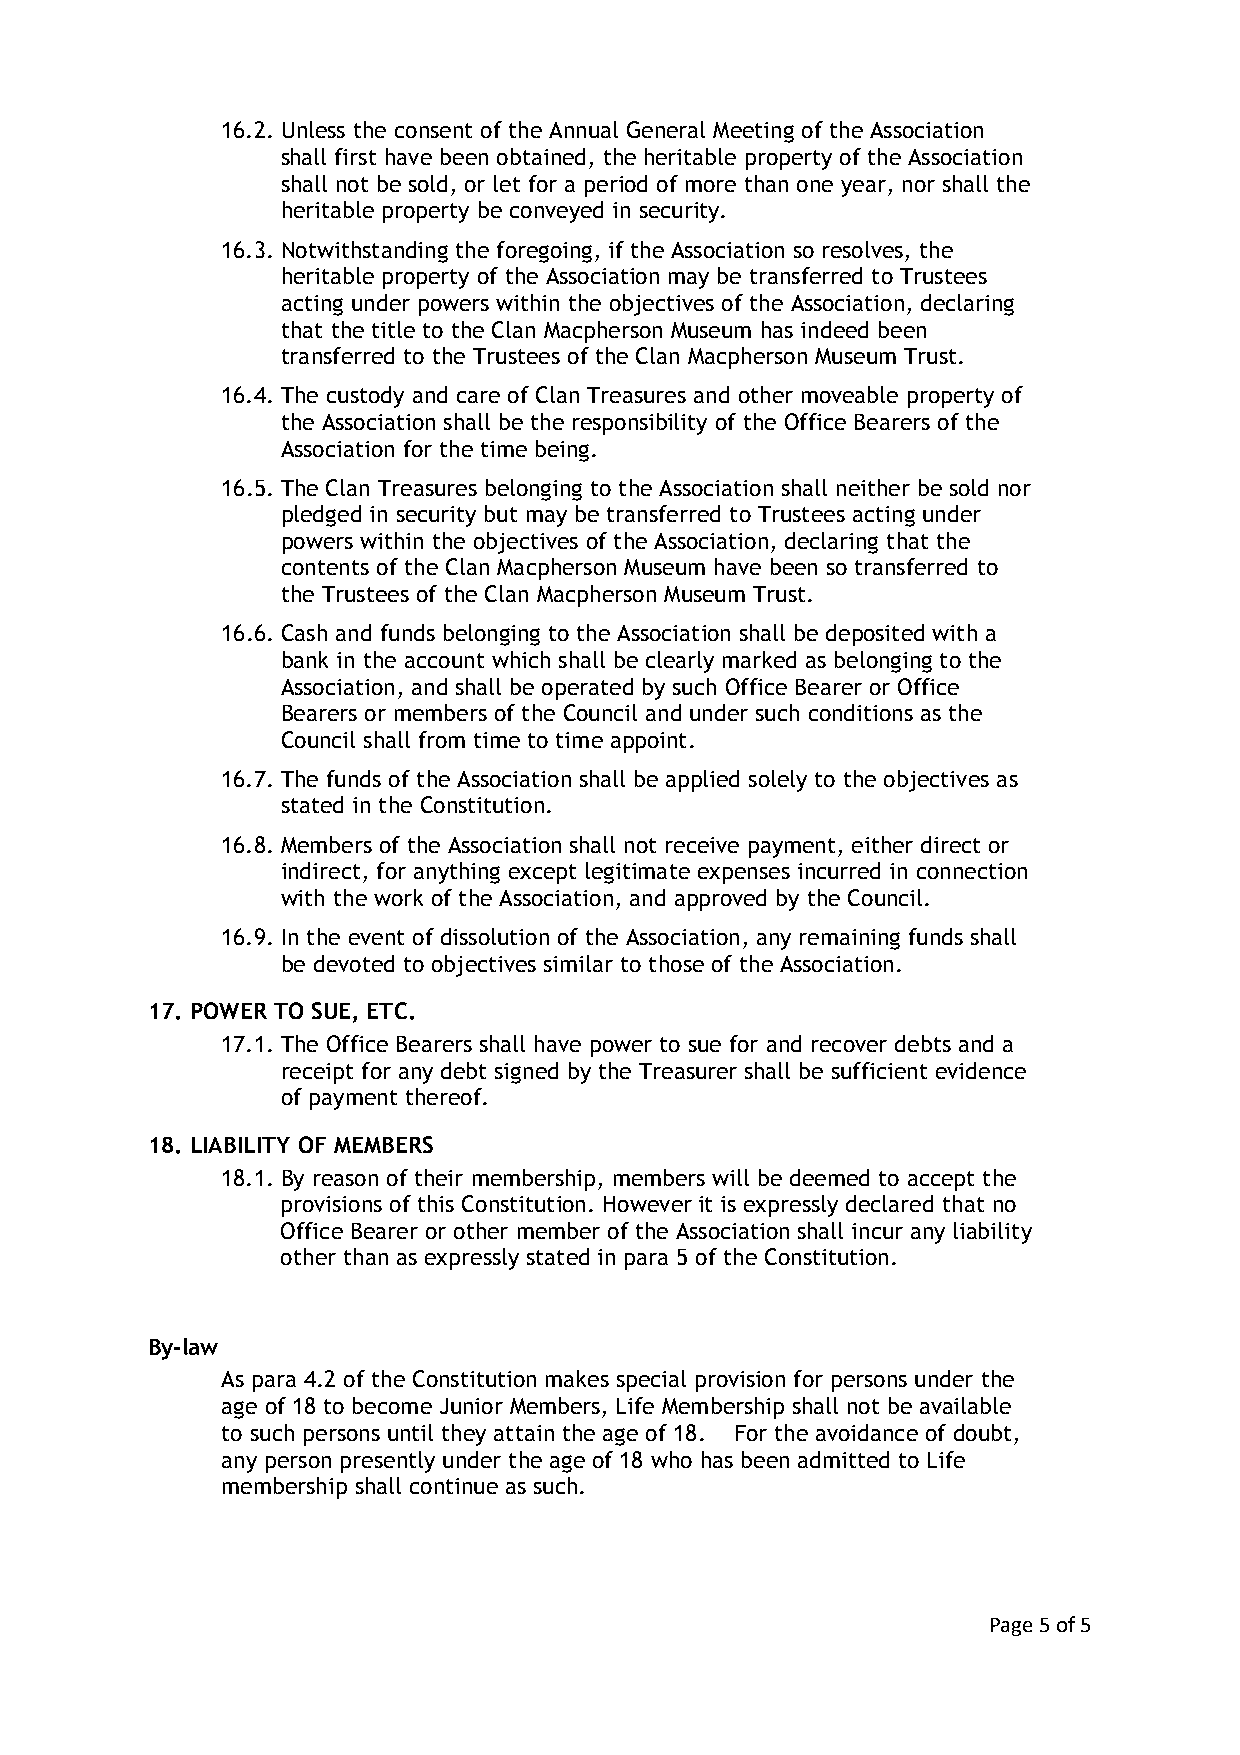
16.2. Unless the consent of the Annual General Meeting of the Association
 shall first have been obtained, the heritable property of the Association
 shall not be sold, or let for a period of more than one year, nor shall the
 heritable property be conveyed in security.
 16.3. Notwithstanding the foregoing, if the Association so resolves, the
 heritable property of the Association may be transferred to Trustees
 acting under powers within the objectives of the Association, declaring
 that the title to the Clan Macpherson Museum has indeed been
 transferred to the Trustees of the Clan Macpherson Museum Trust.
 16.4. The custody and care of Clan Treasures and other moveable property of
 the Association shall be the responsibility of the Office Bearers of the
 Association for the time being.
 16.5. The Clan Treasures belonging to the Association shall neither be sold nor
 pledged in security but may be transferred to Trustees acting under
 powers within the objectives of the Association, declaring that the
 contents of the Clan Macpherson Museum have been so transferred to
 the Trustees of the Clan Macpherson Museum Trust.
 16.6. Cash and funds belonging to the Association shall be deposited with a
 bank in the account which shall be clearly marked as belonging to the
 Association, and shall be operated by such Office Bearer or Office
 Bearers or members of the Council and under such conditions as the
 Council shall from time to time appoint.
 16.7. The funds of the Association shall be applied solely to the objectives as
 stated in the Constitution.
 16.8. Members of the Association shall not receive payment, either direct or
 indirect, for anything except legitimate expenses incurred in connection
 with the work of the Association, and approved by the Council.
 16.9. In the event of dissolution of the Association, any remaining funds shall
 be devoted to objectives similar to those of the Association.
 17. POWER TO SUE, ETC.
 17.1. The Office Bearers shall have power to sue for and recover debts and a
 receipt for any debt signed by the Treasurer shall be sufficient evidence
 of payment thereof.
 18. LIABILITY OF MEMBERS
 18.1. By reason of their membership, members will be deemed to accept the
 provisions of this Constitution. However it is expressly declared that no
 Office Bearer or other member of the Association shall incur any liability
 other than as expressly stated in para 5 of the Constitution.
 By-law
 As para 4.2 of the Constitution makes special provision for persons under the
 age of 18 to become Junior Members, Life Membership shall not be available
 to such persons until they attain the age of 18. For the avoidance of doubt,
 any person presently under the age of 18 who has been admitted to Life
 membership shall continue as such.
 Page 5 of 5